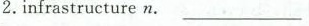
2.infrastructure n.______________